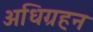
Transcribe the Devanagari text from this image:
अधिग्रहन